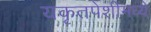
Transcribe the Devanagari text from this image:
यकृतपेशींमध्ये